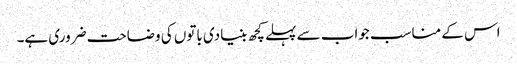
اس کے مناسب جواب سے پہلے کچھ بنیادی باتوں کی وضاحت ضروری ہے۔